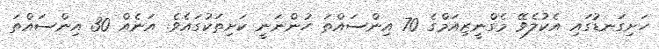
ހަށިގަނޑުގައި އެކުލެވޭ މެގްނީޒިއަމްގެ 70 އިންސައްތަ ހުންނަނީ ކަށިތަކުގައެވެ. އަނެއް 30 އިންސައްތަ